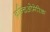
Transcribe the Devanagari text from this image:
ब्रन्चिओमेरिक